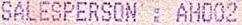
SALESPERSON : AH002